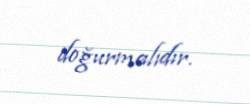
doğurmalıdır.